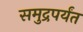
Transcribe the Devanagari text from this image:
समुद्रपर्यंत